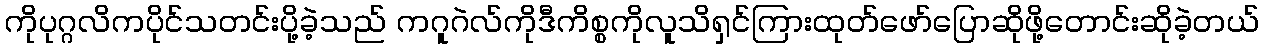
ကိုပုဂ္ဂလိကပိုင်သတင်းပို့ခဲ့သည် ကဂူဂဲလ်ကိုဒီကိစ္စကိုလူသိရှင်ကြားထုတ်ဖော်ပြောဆိုဖို့တောင်းဆိုခဲ့တယ်